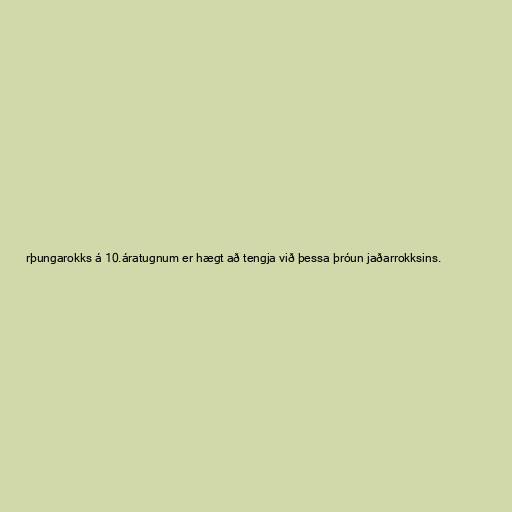
rþungarokks á 10.áratugnum er hægt að tengja við þessa þróun jaðarrokksins.